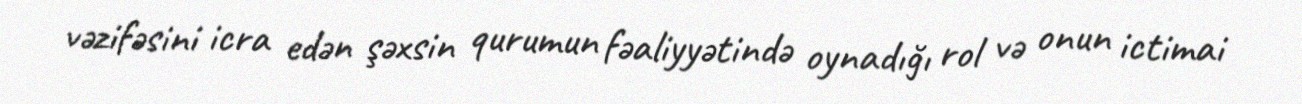
vəzifəsini icra edən şəxsin qurumun fəaliyyətində oynadığı rol və onun ictimai